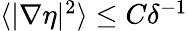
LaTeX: \begin{array}{r}{\langle|\nabla\eta|^{2}\rangle\leq C\delta^{-1}}\end{array}